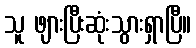
သူ ဖျားပြီးဆုံးသွားရှာပြီ။